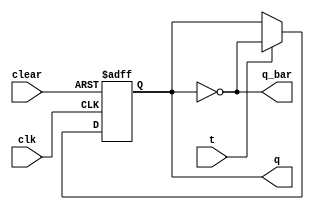
/* Implementation of a T flip-flop with a clear input */

module t_flip_flop
(
	input wire t, clk, clear, 
	output reg q,
	output wire q_bar
);
	always @ (posedge clk or posedge clear) begin
		if (clear) begin
			q <= 0;
		end
		else if (t) begin
			q <= ~q;
		end
	end
	
	assign q_bar = ~q;

endmodule